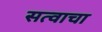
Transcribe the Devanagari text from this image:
सत्वाचा